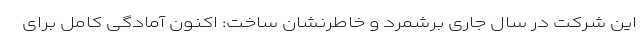
این شرکت در سال جاری برشمرد و خاطرنشان ساخت: اکنون آمادگی کامل برای